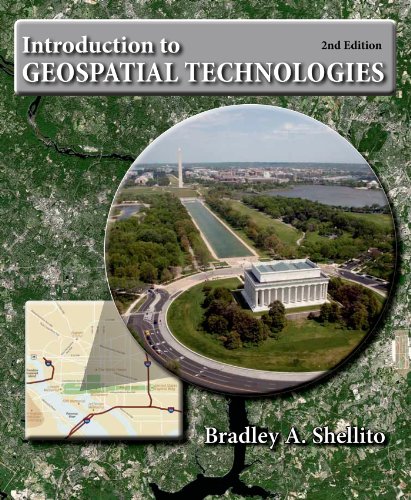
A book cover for Introduction to Geospatial Technologies; Bradley A. Shellito; Engineering & Transportation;